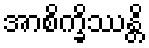
အာစိက္ခိဿန္တိ